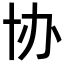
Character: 协